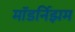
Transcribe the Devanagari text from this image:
मॉडर्निझम